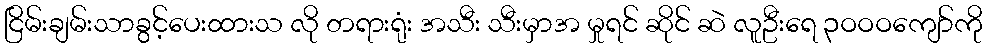
ငြိမ်းချမ်းသာခွင့်ပေးထားသ လို တရားရုံး အသီး သီးမှာအ မှုရင် ဆိုင် ဆဲ လူဦးရေ ၃ဝဝဝကျော်ကို